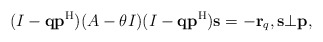
\begin{align*}(I-{\bf q}{\bf p}^{\rm H})(A-\theta I)(I-{\bf q}{\bf p}^{\rm H}){\bf s}=-{\bf r}_q,{\bf s}\bot{\bf p},\end{align*}